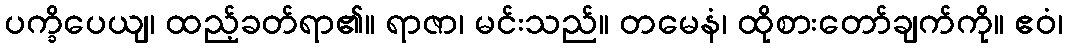
ပက္ခိပေယျ၊ ထည့်ခတ်ရာ၏။ ရာဇာ၊ မင်းသည်။ တမေနံ၊ ထိုစားတော်ချက်ကို။ ဧဝံ၊